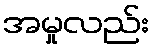
အမှုလည်း